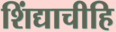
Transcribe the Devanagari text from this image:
शिंद्याचीहि